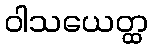
ဝါသယေတ္ထ